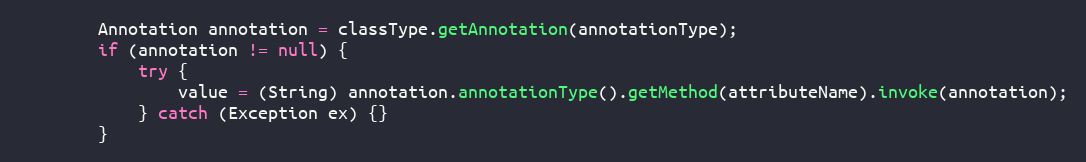
Language: Java
		Annotation annotation = classType.getAnnotation(annotationType);
		if (annotation != null) {
			try {
				value = (String) annotation.annotationType().getMethod(attributeName).invoke(annotation);
			} catch (Exception ex) {}
		}